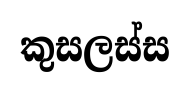
කුසලස්ස